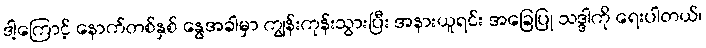
ဒါ့ကြောင့် နောက်တစ်နှစ် နွေအခါမှာ ကျွန်းကုန်းသွားပြီး အနားယူရင်း အခြေပြု သဒ္ဒါကို ရေးပါတယ်၊